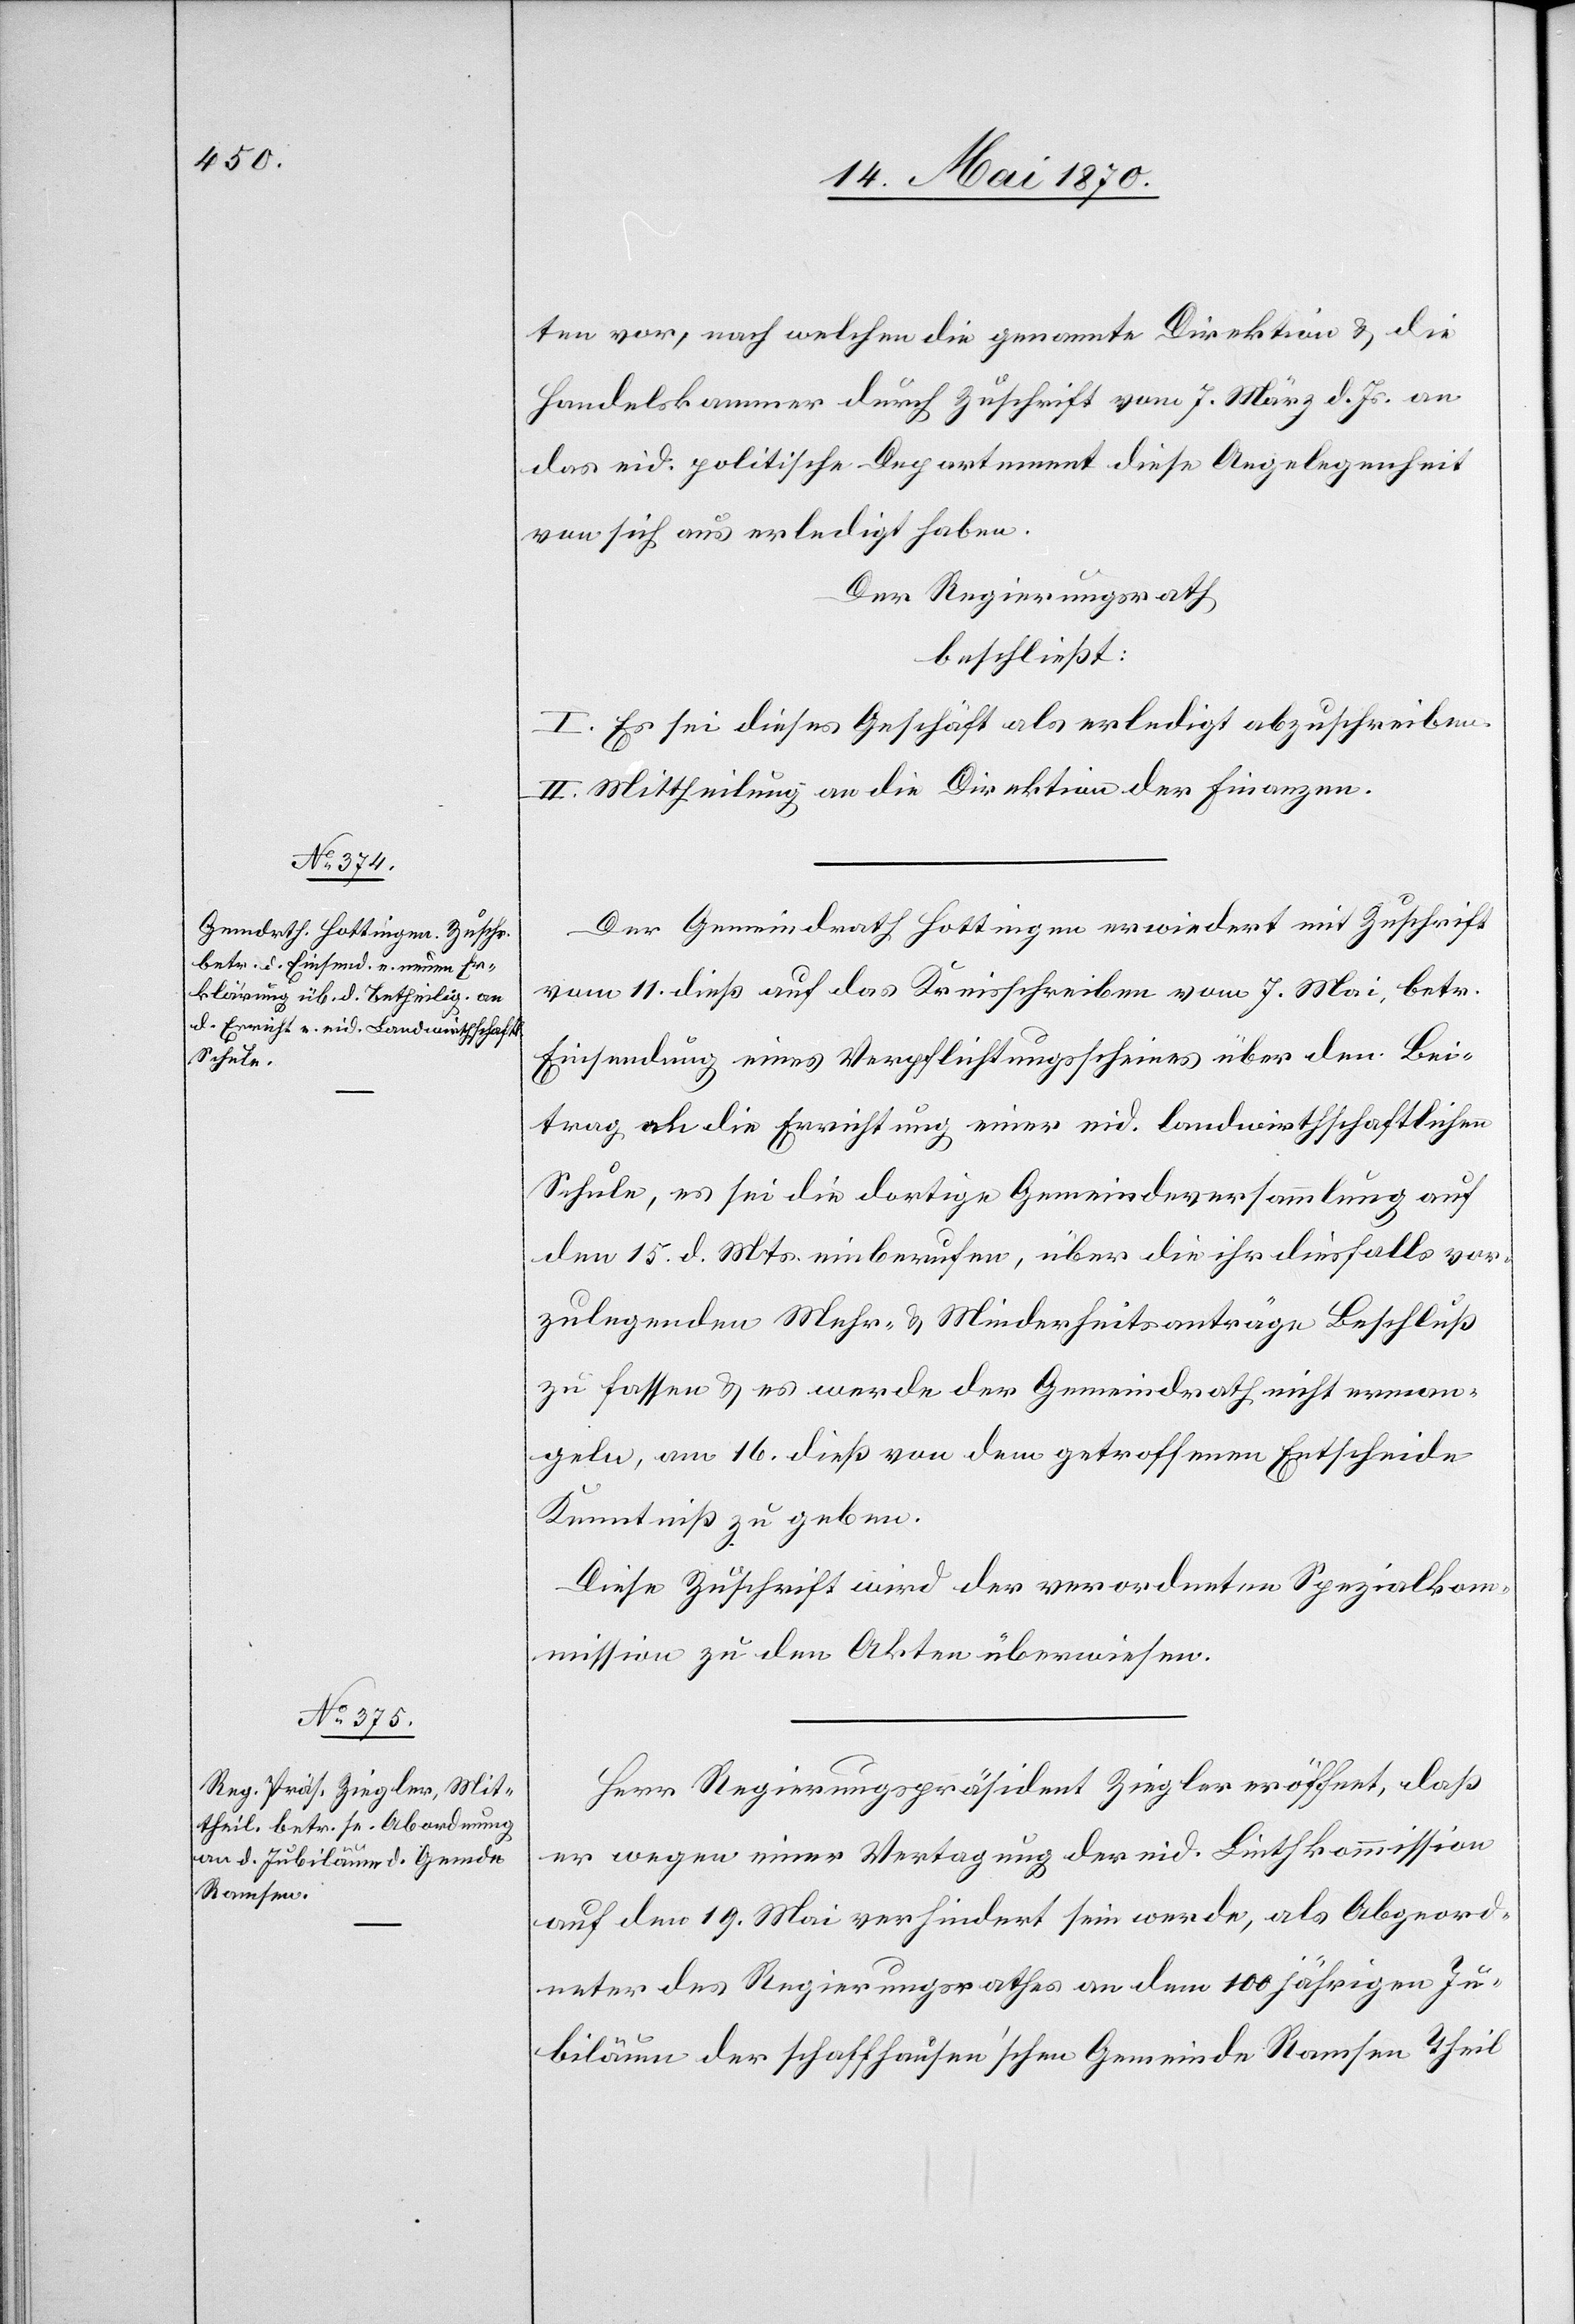
ten vor, nach welchen die genannte Direktion & die
Handelskammer durch Zuschrift vom 7. März d. Js. an
das eid. politische Departement diese Angelegenheit
von sich aus erledigt haben.
Der Regierungsrath
beschließt:
I. Es sei dieses Geschäft als erledigt abzuschreiben.
II. Mittheilung an die Direktion der Finanzen.
Der Gemeindrath Hottingen erwiedert mit Zuschrift
vom 11. dieß auf das Kreisschreiben vom 7. Mai, betr.
Einsendung eines Verpflichtungsscheines über den Bei¬
trag an die Errichtung einer eid. landwirthschaftlichen
Schule, es sei die dortige Gemeindeversammlung auf
den 15. d. Mts. einberufen, über die ihr diesfalls vor¬
zulegenden Mehr- & Minderheitsanträge Beschluß
zu fassen & es werde der Gemeindrath nicht erman¬
geln, am 16. dieß von dem getroffenen Entscheide
Kenntniß zu geben.
Diese Zuschrift wird der verordneten Spezialkom¬
mission zu den Akten überwiesen.
Herr Regierungspräsident Ziegler eröffnet, daß
er wegen einer Vertagung der eid. Linthkommission
auf den 19. Mai verhindert sein werde, als Abgeord¬
neter des Regierungsrathes an dem 100 jährigen Ju¬
biläum der schaffhausen’schen Gemeinde Ramsen Theil